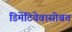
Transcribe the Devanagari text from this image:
डिमेंटियेवासोबत